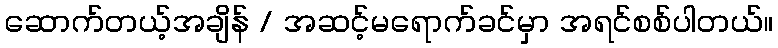
ဆောက်တယ့်အချိန် / အဆင့်မရောက်ခင်မှာ အရင်စစ်ပါတယ်။